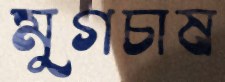
মুগচাষ